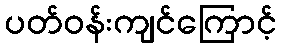
ပတ်ဝန်းကျင်ကြောင့်